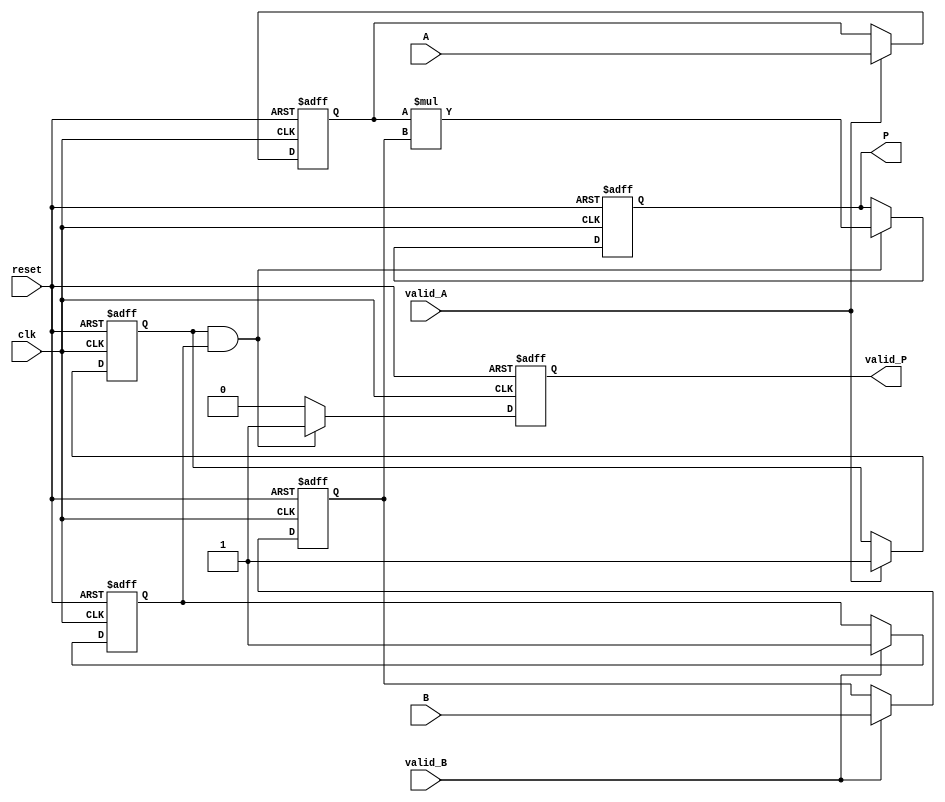
module streaming_multiplier #(
    parameter DATA_WIDTH = 16, // Width of the input data
    parameter PRODUCT_WIDTH = 2 * DATA_WIDTH // Width of the product
)(
    input wire clk,
    input wire reset,
    input wire [DATA_WIDTH-1:0] A,
    input wire [DATA_WIDTH-1:0] B,
    input wire valid_A,
    input wire valid_B,
    output reg [PRODUCT_WIDTH-1:0] P,
    output reg valid_P
);

    // Internal signals
    reg [DATA_WIDTH-1:0] A_reg;
    reg [DATA_WIDTH-1:0] B_reg;
    reg valid_A_reg;
    reg valid_B_reg;

    // Pipelined multiplication
    always @(posedge clk or posedge reset) begin
        if (reset) begin
            A_reg <= 0;
            B_reg <= 0;
            P <= 0;
            valid_A_reg <= 0;
            valid_B_reg <= 0;
            valid_P <= 0;
        end else begin
            // Register inputs when valid
            if (valid_A) begin
                A_reg <= A;
                valid_A_reg <= 1;
            end
            if (valid_B) begin
                B_reg <= B;
                valid_B_reg <= 1;
            end

            // Perform multiplication when both inputs are valid
            if (valid_A_reg && valid_B_reg) begin
                P <= A_reg * B_reg; // Perform multiplication
                valid_P <= 1; // Assert valid product signal
            end else begin
                valid_P <= 0; // Deassert valid product signal if not valid
            end
        end
    end

endmodule